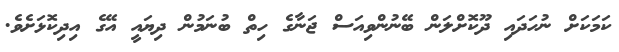
ކަމަކަށް ނުހަދައި ދޫކޮށްލަން ބޭނުންވިއަސް ޖަނާގެ ހިތް ބުނަމުން ދިޔައީ އޭގެ އިދިކޮޅަށެވެ.